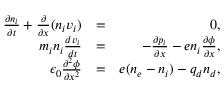
\begin{array} { r l r } { \frac { \partial n _ { i } } { \partial t } + \frac { \partial } { \partial x } ( n _ { i } v _ { i } ) } & { = } & { 0 , } \\ { m _ { i } n _ { i } \frac { d v _ { i } } { d t } } & { = } & { - \frac { \partial p _ { i } } { \partial x } - e n _ { i } \frac { \partial \phi } { \partial x } , } \\ { \epsilon _ { 0 } \frac { \partial ^ { 2 } \phi } { \partial x ^ { 2 } } } & { = } & { e ( n _ { e } - n _ { i } ) - q _ { d } n _ { d } , } \end{array}